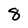
Character: 8